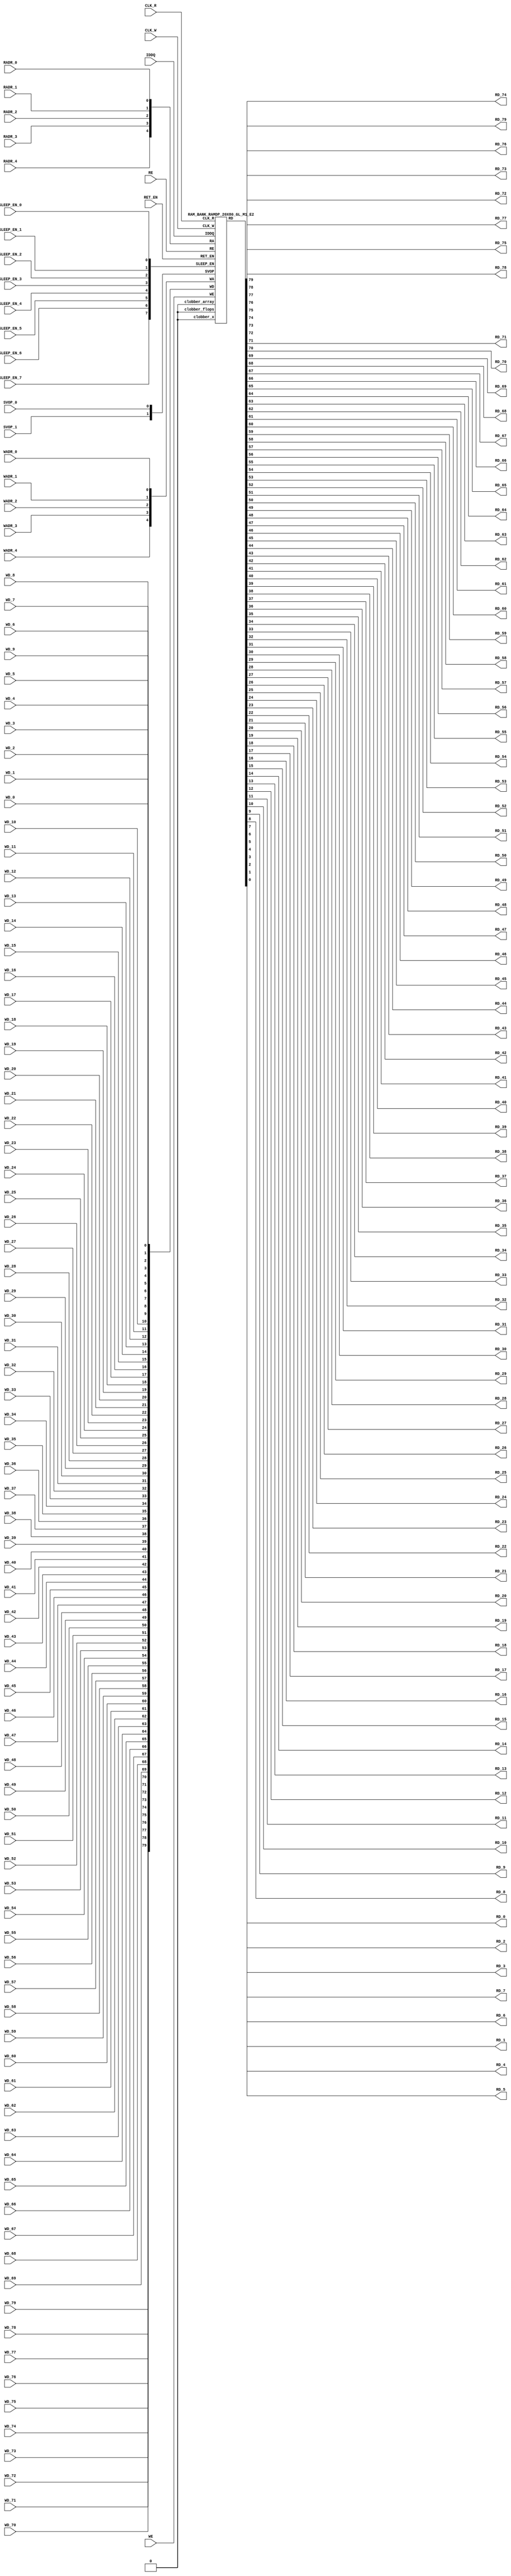
// ================================================================
// NVDLA Open Source Project
// 
// Copyright(c) 2016 - 2017 NVIDIA Corporation.  Licensed under the
// NVDLA Open Hardware License; Check "LICENSE" which comes with 
// this distribution for more information.
// ================================================================


`timescale 10ps/1ps
`celldefine
module RAMDP_20X80_GL_M1_E2 (CLK_R, CLK_W, RE, WE
	, RADR_4, RADR_3, RADR_2, RADR_1, RADR_0
    , WADR_4, WADR_3, WADR_2, WADR_1, WADR_0
	, WD_79, WD_78, WD_77, WD_76, WD_75, WD_74, WD_73, WD_72, WD_71, WD_70, WD_69, WD_68, WD_67, WD_66, WD_65, WD_64, WD_63, WD_62, WD_61, WD_60, WD_59, WD_58, WD_57, WD_56, WD_55, WD_54, WD_53, WD_52, WD_51, WD_50, WD_49, WD_48, WD_47, WD_46, WD_45, WD_44, WD_43, WD_42, WD_41, WD_40, WD_39, WD_38, WD_37, WD_36, WD_35, WD_34, WD_33, WD_32, WD_31, WD_30, WD_29, WD_28, WD_27, WD_26, WD_25, WD_24, WD_23, WD_22, WD_21, WD_20, WD_19, WD_18, WD_17, WD_16, WD_15, WD_14, WD_13, WD_12, WD_11, WD_10, WD_9, WD_8, WD_7, WD_6, WD_5, WD_4, WD_3, WD_2, WD_1, WD_0
	, RD_79, RD_78, RD_77, RD_76, RD_75, RD_74, RD_73, RD_72, RD_71, RD_70, RD_69, RD_68, RD_67, RD_66, RD_65, RD_64, RD_63, RD_62, RD_61, RD_60, RD_59, RD_58, RD_57, RD_56, RD_55, RD_54, RD_53, RD_52, RD_51, RD_50, RD_49, RD_48, RD_47, RD_46, RD_45, RD_44, RD_43, RD_42, RD_41, RD_40, RD_39, RD_38, RD_37, RD_36, RD_35, RD_34, RD_33, RD_32, RD_31, RD_30, RD_29, RD_28, RD_27, RD_26, RD_25, RD_24, RD_23, RD_22, RD_21, RD_20, RD_19, RD_18, RD_17, RD_16, RD_15, RD_14, RD_13, RD_12, RD_11, RD_10, RD_9, RD_8, RD_7, RD_6, RD_5, RD_4, RD_3, RD_2, RD_1, RD_0
    
    , IDDQ
	, SVOP_1, SVOP_0
    , SLEEP_EN_7, SLEEP_EN_6, SLEEP_EN_5, SLEEP_EN_4, SLEEP_EN_3, SLEEP_EN_2, SLEEP_EN_1, SLEEP_EN_0, RET_EN
    
);

// nvProps NoBus SLEEP_EN_

`ifndef RAM_INTERFACE
`ifndef EMULATION
`ifndef SYNTHESIS
// Physical ram size defined as localparam
localparam phy_rows = 20;
localparam phy_cols = 80;
localparam phy_rcols_pos = 80'b0;
`endif //ndef SYNTHESIS
`endif //EMULATION
`endif //ndef RAM_INTERFACE

input CLK_R, CLK_W, RE, WE
	, RADR_4, RADR_3, RADR_2, RADR_1, RADR_0
    , WADR_4, WADR_3, WADR_2, WADR_1, WADR_0
	, WD_79, WD_78, WD_77, WD_76, WD_75, WD_74, WD_73, WD_72, WD_71, WD_70, WD_69, WD_68, WD_67, WD_66, WD_65, WD_64, WD_63, WD_62, WD_61, WD_60, WD_59, WD_58, WD_57, WD_56, WD_55, WD_54, WD_53, WD_52, WD_51, WD_50, WD_49, WD_48, WD_47, WD_46, WD_45, WD_44, WD_43, WD_42, WD_41, WD_40, WD_39, WD_38, WD_37, WD_36, WD_35, WD_34, WD_33, WD_32, WD_31, WD_30, WD_29, WD_28, WD_27, WD_26, WD_25, WD_24, WD_23, WD_22, WD_21, WD_20, WD_19, WD_18, WD_17, WD_16, WD_15, WD_14, WD_13, WD_12, WD_11, WD_10, WD_9, WD_8, WD_7, WD_6, WD_5, WD_4, WD_3, WD_2, WD_1, WD_0
    
    , SLEEP_EN_7, SLEEP_EN_6, SLEEP_EN_5, SLEEP_EN_4, SLEEP_EN_3, SLEEP_EN_2, SLEEP_EN_1, SLEEP_EN_0, RET_EN
    , IDDQ
    
	, SVOP_1, SVOP_0;
output RD_79, RD_78, RD_77, RD_76, RD_75, RD_74, RD_73, RD_72, RD_71, RD_70, RD_69, RD_68, RD_67, RD_66, RD_65, RD_64, RD_63, RD_62, RD_61, RD_60, RD_59, RD_58, RD_57, RD_56, RD_55, RD_54, RD_53, RD_52, RD_51, RD_50, RD_49, RD_48, RD_47, RD_46, RD_45, RD_44, RD_43, RD_42, RD_41, RD_40, RD_39, RD_38, RD_37, RD_36, RD_35, RD_34, RD_33, RD_32, RD_31, RD_30, RD_29, RD_28, RD_27, RD_26, RD_25, RD_24, RD_23, RD_22, RD_21, RD_20, RD_19, RD_18, RD_17, RD_16, RD_15, RD_14, RD_13, RD_12, RD_11, RD_10, RD_9, RD_8, RD_7, RD_6, RD_5, RD_4, RD_3, RD_2, RD_1, RD_0;

	
`ifndef RAM_INTERFACE
	//assemble & rename wires
	wire [4:0] RA = {RADR_4, RADR_3, RADR_2, RADR_1, RADR_0};
	wire [4:0] WA = {WADR_4, WADR_3, WADR_2, WADR_1, WADR_0};
	wire [79:0] WD = {WD_79, WD_78, WD_77, WD_76, WD_75, WD_74, WD_73, WD_72, WD_71, WD_70, WD_69, WD_68, WD_67, WD_66, WD_65, WD_64, WD_63, WD_62, WD_61, WD_60, WD_59, WD_58, WD_57, WD_56, WD_55, WD_54, WD_53, WD_52, WD_51, WD_50, WD_49, WD_48, WD_47, WD_46, WD_45, WD_44, WD_43, WD_42, WD_41, WD_40, WD_39, WD_38, WD_37, WD_36, WD_35, WD_34, WD_33, WD_32, WD_31, WD_30, WD_29, WD_28, WD_27, WD_26, WD_25, WD_24, WD_23, WD_22, WD_21, WD_20, WD_19, WD_18, WD_17, WD_16, WD_15, WD_14, WD_13, WD_12, WD_11, WD_10, WD_9, WD_8, WD_7, WD_6, WD_5, WD_4, WD_3, WD_2, WD_1, WD_0};

	wire [79:0] RD;
	assign {RD_79, RD_78, RD_77, RD_76, RD_75, RD_74, RD_73, RD_72, RD_71, RD_70, RD_69, RD_68, RD_67, RD_66, RD_65, RD_64, RD_63, RD_62, RD_61, RD_60, RD_59, RD_58, RD_57, RD_56, RD_55, RD_54, RD_53, RD_52, RD_51, RD_50, RD_49, RD_48, RD_47, RD_46, RD_45, RD_44, RD_43, RD_42, RD_41, RD_40, RD_39, RD_38, RD_37, RD_36, RD_35, RD_34, RD_33, RD_32, RD_31, RD_30, RD_29, RD_28, RD_27, RD_26, RD_25, RD_24, RD_23, RD_22, RD_21, RD_20, RD_19, RD_18, RD_17, RD_16, RD_15, RD_14, RD_13, RD_12, RD_11, RD_10, RD_9, RD_8, RD_7, RD_6, RD_5, RD_4, RD_3, RD_2, RD_1, RD_0} = RD;
	wire [1:0] SVOP = {SVOP_1, SVOP_0};
    wire [7:0] SLEEP_EN = {SLEEP_EN_7, SLEEP_EN_6, SLEEP_EN_5, SLEEP_EN_4, SLEEP_EN_3, SLEEP_EN_2, SLEEP_EN_1, SLEEP_EN_0};
    

`ifndef EMULATION
`ifndef SYNTHESIS

    //State point clobering signals:
    wire check_x = (SVOP_0 ^ SVOP_1);
    wire clobber_x;
    assign clobber_x = ((check_x === 1'bx) || (check_x === 1'bz)) ? 1'b1 : 1'b0;
    wire clobber_array = ((|SLEEP_EN) & ~RET_EN) | clobber_x;
    wire clobber_flops = (|SLEEP_EN) | clobber_x;
    integer i;
    always  @(clobber_array) begin
      if (clobber_array) begin
    		for (i=0; i<20; i=i+1) begin
    		    ITOP.io.array[i] <= 80'bx;
    		end
      end
    end

//VCS coverage off     
    always  @(clobber_flops) begin
        if (clobber_flops) begin
        ITOP.we_lat <= 1'bx;
        ITOP.wa_lat <= 5'bx;
        ITOP.wd_lat <= 80'bx;
        
        ITOP.re_lat <= 1'bx;
        ITOP.ra_lat <= 5'bx;
        ITOP.io.r0_dout_tmp <= 80'b0;
        end
    end
//VCS coverage on    

//VCS coverage off
`ifdef NV_RAM_ASSERT
    //first reset signal for nv_assert_module:
    reg sim_reset;                                                     
    initial begin: init_sim_reset
        sim_reset = 0;  
        #6 sim_reset = 1;
    end

    reg rst_clk;                                                     
    initial begin: init_rst_clk
        rst_clk = 0; 
        #2 rst_clk = 1; 
        #4 rst_clk = 0;  
    end

    //internal weclk|reclk gating signal:
    wire weclk_gating = ITOP.we_lat & ~IDDQ;
    wire reclk_gating = ITOP.re_lat & ~IDDQ;
    //Logic-S1: write address out of range
    wire illegal_logic_assertion_wadr_out_of_range = (ITOP.wa_lat>=5'd20) & weclk_gating;
    wire disable_logic_assertion_wadr_out_of_range = $test$plusargs("disable_logic_assertions_globally") | $test$plusargs("disable_logic_assertion_wadr_out_of_range");
    nv_assert_never #(0,0, "Logic-S1:write address out of range") disable_logic_assertion_wadr_out_of_range_x (CLK_W ^ rst_clk, ~disable_logic_assertion_wadr_out_of_range & sim_reset, illegal_logic_assertion_wadr_out_of_range);

    //Logic-S2: read address out of range
    wire illegal_logic_assertion_radr_out_of_range = (ITOP.ra_lat>=5'd20) & reclk_gating;
    wire disable_logic_assertion_radr_out_of_range = $test$plusargs("disable_logic_assertions_globally") | $test$plusargs("disable_logic_assertion_radr_out_of_range");
    nv_assert_never #(0,0, "Logic-S2:read address out of range") disable_logic_assertion_radr_out_of_range_x (CLK_R ^ rst_clk, ~disable_logic_assertion_radr_out_of_range & sim_reset, illegal_logic_assertion_radr_out_of_range);
  //Assertion checks for power sequence of G-option RAMDP:

    //weclk_gating after 2 clk
    reg weclk_gating_1p, weclk_gating_2p;
    always @(posedge CLK_W) begin
        weclk_gating_1p <= weclk_gating;
        weclk_gating_2p <= weclk_gating_1p;
    end

    //reclk_gating after 2 clk
    reg reclk_gating_1p, reclk_gating_2p;
    always @(posedge CLK_R) begin
        reclk_gating_1p <= reclk_gating;
        reclk_gating_2p <= reclk_gating_1p;
    end
    
    //RET_EN off after 2 CLK_W
    reg ret_en_w_1p, ret_en_w_2p;
    always @(posedge CLK_W or posedge RET_EN) begin
        if(RET_EN) 
            begin
                ret_en_w_1p <= 1'b1;
                ret_en_w_2p <= 1'b1;
            end
        else
            begin
                ret_en_w_1p <= RET_EN;
                ret_en_w_2p <= ret_en_w_1p;
            end
    end

    //RET_EN off after 2 CLK_R
    reg ret_en_r_1p, ret_en_r_2p;
    always @(posedge CLK_R or posedge RET_EN) begin
        if(RET_EN) 
            begin
                ret_en_r_1p <= 1'b1;
                ret_en_r_2p <= 1'b1;
            end
        else
            begin
                ret_en_r_1p <= RET_EN;
                ret_en_r_2p <= ret_en_r_1p;
            end
    end

    wire sleep_en_or = (|SLEEP_EN) ;
    //SLEEP_EN off after 2 CLK_W
    reg sleep_en_off_w_1p, sleep_en_off_w_2p;
    always @(posedge CLK_W or posedge sleep_en_or) begin
        if(sleep_en_or)
            begin
                sleep_en_off_w_1p <= 1'b1;
                sleep_en_off_w_2p <= 1'b1;
            end
        else
            begin
                sleep_en_off_w_1p <= sleep_en_or;
                sleep_en_off_w_2p <= sleep_en_off_w_1p;
            end            
    end

    //SLEEP_EN off after 2 CLK_R
    reg sleep_en_off_r_1p, sleep_en_off_r_2p;
    always @(posedge CLK_R or posedge sleep_en_or) begin
        if(sleep_en_or)
            begin
                sleep_en_off_r_1p <= 1'b1;
                sleep_en_off_r_2p <= 1'b1;
            end
        else
            begin
                sleep_en_off_r_1p <= |sleep_en_or;
                sleep_en_off_r_2p <= sleep_en_off_r_1p;
            end            
    end    


  //#1 From function mode to retention mode:
    
    //Power-S1.1:illegal assert RET_EN after asserting SLEEP_EN 
    wire disable_power_assertion_S1P1 = $test$plusargs("disable_power_assertions_globally") | $test$plusargs("disable_power_assertion_assert_RET_EN_after_SLEEP_EN_on_when_function2retention");
    nv_assert_never #(0,0, "Power-S1.1:illegal assert RET_EN after asserting SLEEP_EN") inst_S1P1 (RET_EN ^ rst_clk, ~disable_power_assertion_S1P1 & sim_reset, (|SLEEP_EN));

    //Power-S1.2:illegal assert RET_EN without 2 nop-CLK
    wire disable_power_assertion_S1P2 = $test$plusargs("disable_power_assertions_globally") | $test$plusargs("disable_power_assertion_assert_RET_EN_without_2_nop_CLK");
    nv_assert_never #(0,0, "Power-S1.2:illegal assert RET_EN without 2 nop-CLK") inst_S1P2 (RET_EN ^ rst_clk, ~disable_power_assertion_S1P2 & sim_reset, weclk_gating | weclk_gating_1p | weclk_gating_2p | reclk_gating | reclk_gating_1p | reclk_gating_2p);

  //#2 From retention mode to function mode:

    //Power-S2.1:illegal write without 2 nop-CLK after de-asserting RET_EN
    wire disable_power_assertion_S2P1 = $test$plusargs("disable_power_assertions_globally") | $test$plusargs("disable_power_assertion_write_without_2_nop_CLK_after_retention2function");
    nv_assert_never #(0,0, "Power-S2.1:illegal write without 2 nop-CLK after de-asserting RET_EN") inst_S2P1 (CLK_W ^ rst_clk, ~disable_power_assertion_S2P1 & sim_reset, ~RET_EN & ret_en_w_2p & weclk_gating);

    //Power-S2.2:illegal read without 2 nop-CLK after de-asserting RET_EN
    wire disable_power_assertion_S2P2 = $test$plusargs("disable_power_assertions_globally") | $test$plusargs("disable_power_assertion_read_without_2_nop_CLK_after_retention2function");
    nv_assert_never #(0,0, "Power-S2.2:illegal read without 2 nop-CLK after de-asserting RET_EN") inst_S2P2 (CLK_R ^ rst_clk, ~disable_power_assertion_S2P2 & sim_reset, ~RET_EN & ret_en_r_2p & reclk_gating);

  //#3 From function mode to sleep mode:

    //Power-S3.2:illegal assert SLEEP_EN without 2 nop-CLK
    wire disable_power_assertion_S3P2 = $test$plusargs("disable_power_assertions_globally") | $test$plusargs("disable_power_assertion_assert_SLEEP_EN_without_2_nop_CLK");
    nv_assert_never #(0,0, "Power-S3.2:illegal assert SLEEP_EN without 2 nop-CLK") inst_S3P2 ((|SLEEP_EN) ^ rst_clk, ~disable_power_assertion_S3P2 & sim_reset, weclk_gating | weclk_gating_1p | weclk_gating_2p | reclk_gating | reclk_gating_1p | reclk_gating_2p);

  //#4 From sleep mode to function mode:

    //Power-S4.1:illegal write without 2 nop-CLK after switching from sleep mode to function mode
    wire disable_power_assertion_S4P1 = $test$plusargs("disable_power_assertions_globally") | $test$plusargs("disable_power_assertion_write_without_2_nop_CLK_after_sleep2function");
    nv_assert_never #(0,0, "Power-S4.1:illegal write without 2 nop-CLK after switching from sleep mode to function mode") inst_S4P1 (CLK_W ^ rst_clk, ~disable_power_assertion_S4P1 & sim_reset, ~(|SLEEP_EN) & sleep_en_off_w_2p & weclk_gating);
   
    //Power-S4.2:illegal read without 2 nop-CLK after switching from sleep mode to function mode
    wire disable_power_assertion_S4P2 = $test$plusargs("disable_power_assertions_globally") | $test$plusargs("disable_power_assertion_read_without_2_nop_after_sleep2function");
    nv_assert_never #(0,0, "Power-S4.2:illegal read without 2 nop-CLK after switching from sleep mode to function mode") inst_S4P2 (CLK_R ^ rst_clk, ~disable_power_assertion_S4P2 & sim_reset, ~(|SLEEP_EN) & sleep_en_off_r_2p & reclk_gating);
`endif //NV_RAM_ASSERT
//VCS coverage on 

`ifdef NV_RAM_EXPAND_ARRAY
  wire [80-1:0] Q_19 = ITOP.io.array[19];
  wire [80-1:0] Q_18 = ITOP.io.array[18];
  wire [80-1:0] Q_17 = ITOP.io.array[17];
  wire [80-1:0] Q_16 = ITOP.io.array[16];
  wire [80-1:0] Q_15 = ITOP.io.array[15];
  wire [80-1:0] Q_14 = ITOP.io.array[14];
  wire [80-1:0] Q_13 = ITOP.io.array[13];
  wire [80-1:0] Q_12 = ITOP.io.array[12];
  wire [80-1:0] Q_11 = ITOP.io.array[11];
  wire [80-1:0] Q_10 = ITOP.io.array[10];
  wire [80-1:0] Q_9 = ITOP.io.array[9];
  wire [80-1:0] Q_8 = ITOP.io.array[8];
  wire [80-1:0] Q_7 = ITOP.io.array[7];
  wire [80-1:0] Q_6 = ITOP.io.array[6];
  wire [80-1:0] Q_5 = ITOP.io.array[5];
  wire [80-1:0] Q_4 = ITOP.io.array[4];
  wire [80-1:0] Q_3 = ITOP.io.array[3];
  wire [80-1:0] Q_2 = ITOP.io.array[2];
  wire [80-1:0] Q_1 = ITOP.io.array[1];
  wire [80-1:0] Q_0 = ITOP.io.array[0];

`endif //def NV_RAM_EXPAND_ARRAY

//VCS coverage off
`ifdef MONITOR
task monitor_on;
    begin
        ITOP.io.monitor_on = 1'b1;
    end
endtask

task monitor_off;
    begin
        ITOP.io.monitor_on = 1'b0;
        ITOP.io.dump_monitor_result = 1'b1;
    end
endtask
`endif//def MONITOR
//VCS coverage on

//VCS coverage off
task mem_fill_value;
input fill_bit;
integer i;
begin
    for (i=0; i<20; i=i+1) begin
    	ITOP.io.array[i] = {80{fill_bit}};
    end
end
endtask 

task mem_fill_random; 
integer i;
integer j;
reg [79:0] val;
begin
    for (j=0; j<20; j=j+1) begin
        for (i=0; i<80; i=i+1) begin
            val[i] = {$random}; 
        end
	    ITOP.io.array[j] = val;
    end
end
endtask

task mem_write;
  input [4:0] addr;
  input [79:0] data;
  begin
     ITOP.io.mem_wr_raw(addr,data);
  end
endtask

function [79:0] mem_read;
  input [4:0] addr;
  begin
	mem_read = ITOP.io.mem_read_raw(addr);
  end
endfunction

task force_rd;
  input [4:0] addr;
  begin
	ITOP.io.r0_dout_tmp = ITOP.io.array[addr];
  end
endtask

`ifdef MEM_PHYS_INFO
task mem_phys_write;
  input [4:0] addr;
  input [79:0] data;
  begin
     ITOP.io.mem_wr_raw(addr,data);
  end
endtask

function [79:0] mem_phys_read_padr;
  input [4:0] addr;
  begin
	mem_phys_read_padr = ITOP.io.mem_read_raw(addr);
  end
endfunction

function [4:0] mem_log_to_phys_adr;
    input [4:0] addr;
    begin
    mem_log_to_phys_adr = addr;
    end
endfunction

function [79:0] mem_phys_read_pmasked;
  input [4:0] addr;
  begin
	mem_phys_read_pmasked = ITOP.io.mem_read_raw(addr);
  end
endfunction

function [79:0] mem_phys_read_ladr;
  input [4:0] addr;
  begin
	mem_phys_read_ladr = mem_phys_read_padr(mem_log_to_phys_adr(addr));
  end
endfunction
`endif //def MEM_PHYS_INFO

`ifdef FAULT_INJECTION
task mem_fault_no_write;
  input [79:0] fault_mask;
   begin
    ITOP.io.mem_fault_no_write(fault_mask);
  end
endtask

task mem_fault_stuck_0;
  input [79:0] fault_mask;
  integer i;
   begin
    ITOP.io.mem_fault_stuck_0(fault_mask);
   end
endtask

task mem_fault_stuck_1;
  input [79:0] fault_mask;
  integer i;
   begin
    ITOP.io.mem_fault_stuck_1(fault_mask);
  end
endtask

task set_bit_fault_stuck_0;
  input r;
  input c;
  integer r;
  integer c;
    ITOP.io.set_bit_fault_stuck_0(r,c);
endtask

task set_bit_fault_stuck_1;
  input r;
  input c;
  integer r;
  integer c;
    ITOP.io.set_bit_fault_stuck_1(r,c);
endtask

task clear_bit_fault_stuck_0;
  input r;
  input c;
  integer r;
  integer c;
    ITOP.io.clear_bit_fault_stuck_0(r,c);
endtask

task clear_bit_fault_stuck_1;
  input r;
  input c;
  integer r;
  integer c;
    ITOP.io.clear_bit_fault_stuck_1(r,c);
endtask
//VCS coverage on

`endif //def FAULT_INJECTION
`else //def SYNTHESIS
    
    wire clobber_x;
    assign clobber_x = 1'b0;
    wire clobber_array = 1'b0;
    wire clobber_flops = 1'b0;

`endif //ndef SYNTHESIS

	//instantiate memory bank
	RAM_BANK_RAMDP_20X80_GL_M1_E2 ITOP (
		.RE(RE), 
		.WE(WE), 
		.RA(RA),  
		.WA(WA), 
		.CLK_R(CLK_R), 
		.CLK_W(CLK_W), 
		.IDDQ(IDDQ), 
		.SVOP(SVOP), 
		.WD(WD), 
		.RD(RD),
		
		.SLEEP_EN(SLEEP_EN),
        .RET_EN(RET_EN),
        .clobber_flops(clobber_flops), 
        .clobber_array(clobber_array),
        .clobber_x(clobber_x)     	
	);

//VCS coverage off
`else //def EMULATION
    // Simple emulation model without MBIST, SCAN or REDUNDANCY
    	//common part for write
    	reg we_ff;
        reg [4:0] wa_ff;
        reg [79:0] wd_ff; 
    	always @(posedge CLK_W) begin // spyglass disable W391
                we_ff  <= WE;
                wa_ff <= WA;
                wd_ff <= WD;
    	end
    	   
        

    	//common part for read
    	reg re_lat;
        always @(*) begin
    		if (!CLK_R) begin
                re_lat  <= RE; // spyglass disable W18
    		end
    	end
    	
    	wire reclk = CLK_R & re_lat;
    
    	reg [4:0] ra_ff;
    	always @(posedge CLK_R) begin // spyglass disable W391
    			ra_ff <= RA;
    	end

        reg [79:0] dout; 

        assign RD = dout;
    
 	    //memory array       
	    reg [79:0] array[0:19]; 
	    always @(negedge CLK_W ) begin
            if (we_ff) begin
	    		array[wa_ff] <= wd_ff; // spyglass disable SYNTH_5130
            end
	    end
	    always @(*) begin
	    	if (reclk) begin
	    		dout <= array[ra_ff]; // spyglass disable SYNTH_5130, W18
	    	end
	    end
    // End of the simple emulation model
`endif //def EMULATION
//VCS coverage on

`endif //ndef RAM_INTERFACE
endmodule
`endcelldefine






/////////////////////////////////////////////////////////////////////////////////////////////////////////////////////////////////
/////////////////////////////// memory bank block : defines internal logic of the RAMDP /////////////////////////////////////////
/////////////////////////////////////////////////////////////////////////////////////////////////////////////////////////////////

`ifndef RAM_INTERFACE
`ifndef EMULATION
module RAM_BANK_RAMDP_20X80_GL_M1_E2 (RE, WE, RA, WA, CLK_R, CLK_W, IDDQ, SVOP, WD, RD, SLEEP_EN, RET_EN, clobber_flops, clobber_array, clobber_x
);


input RET_EN;
input RE, WE, CLK_R, CLK_W, IDDQ;
input [4:0] RA, WA;
input [79:0] WD;
input [1:0] SVOP;
input [7:0] SLEEP_EN;
input clobber_flops, clobber_array, clobber_x;
output [79:0] RD;

//State point clobering signals:

    wire output_valid = ~(clobber_x | (|SLEEP_EN));
    wire clamp_o = SLEEP_EN[7] | RET_EN;

	//common part for write
    wire clk_w_iddq = CLK_W & ~IDDQ & ~clamp_o;
	reg we_lat;
	always @(*) begin
		if (!clk_w_iddq & !clobber_flops) begin
			we_lat  <=  WE; // spyglass disable W18, IntClock
		end
	end

    // weclk with posedge 1 dly | negedge 2 dly	
    wire weclk, weclk_d0, weclk_d1, weclk_d2;
    assign weclk_d0 = clk_w_iddq & we_lat & ~clobber_flops & ~clobber_array;
    assign #1 weclk_d1 = weclk_d0;
    assign #1 weclk_d2 = weclk_d1;
    assign weclk = weclk_d1 | weclk_d2; // spyglass disable GatedClock

    // wadclk with posedge 0 dly | negedge 3 dly	
    wire wadclk, wadclk_d0, wadclk_d1, wadclk_d2, wadclk_d3;
    assign wadclk_d0 = clk_w_iddq & we_lat;
    assign #1 wadclk_d1 = wadclk_d0;
    assign #1 wadclk_d2 = wadclk_d1;
    assign #1 wadclk_d3 = wadclk_d2;
    assign wadclk = wadclk_d0 | wadclk_d1 | wadclk_d2 | wadclk_d3;  

    // wdclk with posedge 0 dly | negedge 3 dly
    wire wdclk, wdclk_d0, wdclk_d1, wdclk_d2, wdclk_d3;
    assign wdclk_d0 = clk_w_iddq & we_lat;
    assign #1 wdclk_d1 = wdclk_d0;
    assign #1 wdclk_d2 = wdclk_d1;
    assign #1 wdclk_d3 = wdclk_d2;
    assign wdclk = wdclk_d0 | wdclk_d1 | wdclk_d2 | wdclk_d3;  

    reg [4:0] wa_lat;
	always @(*) begin
		if (!wadclk & !clobber_flops) begin
			wa_lat  <=  WA; // spyglass disable W18, IntClock
		end
	end

	reg [79:0] wd_lat;
	always @(*) begin
		if (!wdclk & !clobber_flops) begin
			wd_lat  <= WD; // spyglass disable W18, IntClock
		end
	end

	//common part for read
	reg re_lat;
	always @(*) begin
		if (!CLK_R & !clobber_flops) begin
			re_lat <=  RE; // spyglass disable W18, IntClock
		end
	end

    // reclk with posedge 1 dly | negedge 0 dly
    wire reclk, reclk_d0, reclk_d1;
    assign reclk_d0 = CLK_R & ~IDDQ & re_lat & ~clamp_o;
    assign #1 reclk_d1 = reclk_d0;
    assign reclk = reclk_d0 & reclk_d1; // spyglass disable GatedClock

    // radclk with posedge 0 dly | negedge 1 dly
    wire radclk, radclk_d0, radclk_d1;
    assign radclk_d0 = CLK_R & ~IDDQ & re_lat & ~clamp_o;
    assign #1 radclk_d1 = radclk_d0;
    assign radclk = radclk_d0 | radclk_d1;  

	reg [4:0] ra_lat;
	always @(*) begin
		if (!radclk & !clobber_flops) begin
			ra_lat <=  RA; // spyglass disable W18, IntClock
		end
	end
	
	wire [79:0] dout;
	assign RD = clamp_o ? 80'b0 : (output_valid ? dout : 80'bx); //spyglass disable STARC-2.10.1.6


	//for E-option RAM


	vram_RAMDP_20X80_GL_M1_E2 # (20, 80, 5) io (
		.w0_addr(wa_lat),
		.w0_clk(weclk),
		.w0_bwe({80{1'b1}}),
		.w0_din(wd_lat),
		.r0_addr(ra_lat),
		.r0_clk(reclk),
		.r0_dout(dout),
        .clamp_o(clamp_o)
	);

endmodule
`endif //ndef EMULATION
`endif //ndef RAM_INTERFACE








/////////////////////////////////////////////////////////////////////////////////////////////////////////////////////////////////
///////////////////////////////  ram primitive : defines 2D behavioral memory array of the RAMDP ////////////////////////////////
/////////////////////////////////////////////////////////////////////////////////////////////////////////////////////////////////

`ifndef RAM_INTERFACE
`ifndef EMULATION
module vram_RAMDP_20X80_GL_M1_E2 (
	w0_addr,
	w0_clk,
	w0_bwe,
	w0_din,
	r0_addr,
	r0_clk,
	r0_dout,
    clamp_o
);

parameter words = 20;
parameter bits = 80;
parameter addrs = 5;


input [addrs-1:0] w0_addr;
input w0_clk;
input [bits-1:0] w0_din;
input [bits-1:0] w0_bwe;
input [addrs-1:0] r0_addr;
input r0_clk;
input clamp_o;
output [bits-1:0] r0_dout;

integer a;

`ifndef SYNTHESIS
`ifdef FAULT_INJECTION
	// regs for inducing faults
	reg [bits-1:0] fault_no_write; // block writes to this column
	reg [bits-1:0] fault_stuck_0;  // column always reads as 0
	reg [bits-1:0] fault_stuck_1;  // column always reads as 1
	reg [bits-1:0] bit_fault_stuck_0[0:words-1];  // column always reads as 0
	reg [bits-1:0] bit_fault_stuck_1[0:words-1];  // column always reads as 1
	
	initial begin : init_bit_fault_stuck
	  integer i;
	  integer j;
	  fault_no_write = {bits{1'b0}};
	  fault_stuck_0  = {bits{1'b0}};
	  fault_stuck_1  = {bits{1'b0}};
	  for (i=0; i<=words; i=i+1) begin
	      bit_fault_stuck_0[i] = {bits{1'b0}};
	      bit_fault_stuck_1[i] = {bits{1'b0}};
	  end
	end
`endif //def FAULT_INJECTION

`ifdef MONITOR
//VCS coverage off
// monitor variables
reg monitor_on;
reg dump_monitor_result;
// this monitors coverage including redundancy cols
// 1'bx = not accessed
// 1'b0 = accessed as a 0
// 1'b1 = accessed as a 1
// 1'bz = accessed as both 0 and 1
reg [bits-1:0] bit_written[0:words-1];
reg [bits-1:0] bit_read[0:words-1];

initial begin : init_monitor
  monitor_on = 1'b0; 
  dump_monitor_result = 1'b0;
  for(a=0;a<words;a=a+1) begin
      bit_written[a] = {bits{1'bx}};
      bit_read[a] = {bits{1'bx}};
  end
end

always @(dump_monitor_result) begin : dump_monitor
    integer r;
	integer c;
    integer b;
	reg [80-1:0] tmp_row;
    	if (dump_monitor_result == 1'b1) begin
		    $display("Exercised coverage summary:");
		    $display("\t%m bits not written as 0:");
		    for (r=0; r<20; r=r+1) begin
		        tmp_row = bit_written[r];
		    	for (c=0; c<80; c=c+1) begin
		    		if (tmp_row[c] !== 1'b0 && tmp_row[c] !== 1'bz) $display("\t\t[row,col] [%d,%d]", r, c);
		    	end
		    end
            $display("\t%m bits not written as 1:");
		    for (r=0; r<20; r=r+1) begin
		        tmp_row = bit_written[r];
		    	for (c=0; c<80; c=c+1) begin
		    		if (tmp_row[c] !== 1'b1 && tmp_row[c] !== 1'bz) $display("\t\t[row,col] [%d,%d]", r, c);
		    	end
		    end
		    $display("\t%m bits not read as 0:");
		    for (r=0; r<20; r=r+1) begin
		        tmp_row = bit_read[r];
		    	for (c=0; c<80; c=c+1) begin
		    		if (tmp_row[c] !== 1'b0 && tmp_row[c] !== 1'bz) $display("\t\t[row,col] [%d,%d]", r, c);
		    	end
		    end
		    $display("\t%m bits not read as 1:");
		    for (r=0; r<20; r=r+1) begin
		        tmp_row = bit_read[r];
		    	for (c=0; c<80; c=c+1) begin
		    		if (tmp_row[c] !== 1'b1 && tmp_row[c] !== 1'bz) $display("\t\t[row,col] [%d,%d]", r, c);
		    	end
		    end
        end
	dump_monitor_result = 1'b0;
end
//VCS coverage on
`endif //MONITOR
`endif //ndef SYNTHESIS
	
	//memory array
	reg [bits-1:0] array[0:words-1];  

// Bit write enable
`ifndef SYNTHESIS 
    `ifdef FAULT_INJECTION
        wire [bits-1:0] bwe_with_fault = w0_bwe & ~fault_no_write;
        wire [bits-1:0] re_with_fault = ~(bit_fault_stuck_1[r0_addr] | bit_fault_stuck_0[r0_addr]);
    `else
        wire [bits-1:0] bwe_with_fault = w0_bwe;
        wire [bits-1:0] re_with_fault = {bits{1'b1}};
    `endif //def FAULT_INJECTION
`else
    wire [bits-1:0] bwe_with_fault = w0_bwe;
`endif //SYNTHESIS

	//write function
    wire [bits-1:0] bitclk = {bits{w0_clk}} & bwe_with_fault;
    genvar idx;
    generate
        for (idx=0; idx<bits; idx=idx+1)
        begin : write
            always @(bitclk[idx] or w0_clk or w0_addr or w0_din[idx])
            begin
                if (bitclk[idx] && w0_clk)
                begin
                    array[w0_addr][idx] <= w0_din[idx]; // spyglass disable SYNTH_5130, W18
                    `ifndef SYNTHESIS
                    `ifdef MONITOR
//VCS coverage off
                    if (monitor_on) begin 
	    				case (bit_written[w0_addr][idx])
	    				    1'bx: bit_written[w0_addr][idx] = w0_din[idx];
	    				    1'b0: bit_written[w0_addr][idx] = w0_din[idx] == 1 ? 1'bz : 1'b0;
	    				    1'b1: bit_written[w0_addr][idx] = w0_din[idx] == 0 ? 1'bz : 1'b1;
	    				    1'bz: bit_written[w0_addr][idx] = 1'bz;
	    				endcase
                    end   
//VCS coverage on
                    `endif //MONITOR	    
                    `endif //SYNTHESIS	
                end
            end
        end
    endgenerate

	//read function
	wire [bits-1:0] r0_arr;
`ifndef SYNTHESIS
    `ifdef FAULT_INJECTION
	    assign r0_arr = (array[r0_addr] | bit_fault_stuck_1[r0_addr]) & ~bit_fault_stuck_0[r0_addr]; //read fault injection
    `else
	    assign r0_arr = array[r0_addr]; 
    `endif //def FAULT_INJECTION
`else
    assign r0_arr = array[r0_addr]; // spyglass disable SYNTH_5130
`endif //def SYNTHESIS


    wire r0_clk_d0p1, r0_clk_read, r0_clk_reset_collision;
    assign #0.1 r0_clk_d0p1 = r0_clk;
    assign r0_clk_read = r0_clk_d0p1 & r0_clk; // spyglass disable GatedClock
    assign r0_clk_reset_collision = r0_clk | r0_clk_d0p1; // spyglass disable W402b

`ifndef SYNTHESIS
`ifdef MONITOR
//VCS coverage off 
    always @(r0_clk_read) begin
        if (monitor_on) begin
            for (a=0; a<bits; a=a+1) begin
	            if (re_with_fault[a] && r0_clk_read) begin
	                case (bit_read[r0_addr][a])
			            1'bx: bit_read[r0_addr][a] = array[r0_addr][a];
				        1'b0: bit_read[r0_addr][a] = array[r0_addr][a] == 1 ? 1'bz : 1'b0;
				        1'b1: bit_read[r0_addr][a] = array[r0_addr][a] == 0 ? 1'bz : 1'b1;
				        1'bz: bit_read[r0_addr][a] = 1'bz;
		            endcase
	            end
	        end
        end
    end
//VCS coverage on
`endif //MONITOR
`endif //SYNTHESIS

	reg [bits-1:0] collision_ff;
    wire [bits-1:0] collision_ff_clk =  {bits{w0_clk}} & {bits{r0_clk_read}} & {bits{r0_addr==w0_addr}} & bwe_with_fault; //spyglass disable GatedClock
    genvar bw;
    generate
        for (bw=0; bw<bits; bw=bw+1) 
        begin : collision
	        always @(posedge collision_ff_clk[bw] or negedge r0_clk_reset_collision) begin
                if (!r0_clk_reset_collision) 
                    begin
                        collision_ff[bw] <= 1'b0;
                    end
                else
                    begin
                        collision_ff[bw] <= 1'b1;
                    end
            end
        end
    endgenerate

	reg [bits-1:0] r0_dout_tmp;
	always @(*)
	begin
	    if (r0_clk_read) begin
            for (a=0; a<bits; a=a+1) begin
                r0_dout_tmp[a] <= ( collision_ff[a] | (r0_addr==w0_addr & w0_clk & bwe_with_fault[a]) ) ? 1'bx : r0_arr[a] & ~clamp_o; //spyglass disable STARC-2.10.1.6, W18
            end
        end
    end
    wire [bits-1:0] r0_dout = r0_dout_tmp & {bits{~clamp_o}};

`ifndef SYNTHESIS
//VCS coverage off
task mem_wr_raw;
  input [addrs-1:0] addr;
  input [bits-1:0] data;
  begin
    array[addr] = data;
  end
endtask

function [bits-1:0] mem_read_raw;
input [addrs-1:0] addr;
	mem_read_raw = array[addr];
endfunction

`ifdef FAULT_INJECTION
// induce faults on columns
task mem_fault_no_write;
  input [bits-1:0] fault_mask;
   begin
    fault_no_write = fault_mask;
  end
endtask

task mem_fault_stuck_0;
  input [bits-1:0] fault_mask;
  integer i;
   begin
    for ( i=0; i<words; i=i+1 ) begin
      bit_fault_stuck_0[i] = fault_mask;
    end
  end
endtask

task mem_fault_stuck_1;
  input [bits-1:0] fault_mask;
  integer i;
   begin
    for ( i=0; i<words; i=i+1 ) begin
      bit_fault_stuck_1[i] = fault_mask;
    end
  end
endtask

task set_bit_fault_stuck_0;
  input r;
  input c;
  integer r;
  integer c;
  bit_fault_stuck_0[r][c] = 1;
endtask

task set_bit_fault_stuck_1;
  input r;
  input c;
  integer r;
  integer c;
  bit_fault_stuck_1[r][c] = 1;
endtask

task clear_bit_fault_stuck_0;
  input r;
  input c;
  integer r;
  integer c;
  bit_fault_stuck_0[r][c] = 0;
endtask

task clear_bit_fault_stuck_1;
  input r;
  input c;
  integer r;
  integer c;
  bit_fault_stuck_1[r][c] = 0;
endtask
//VCS coverage on
`endif //def FAULT_INJECTION
`endif //ndef SYNTHESIS

endmodule
`endif //ndef EMULATION
`endif //ndef RAM_INTERFACE